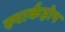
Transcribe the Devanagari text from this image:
स्पार्कहोप